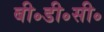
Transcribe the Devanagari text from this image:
बी॰डी॰सी॰